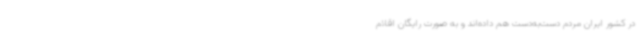
در کشور ایران مردم دست‌به‌دست هم داده‌اند و به صورت رایگان اقلام